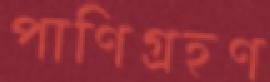
পাণিগ্রহণ